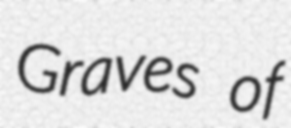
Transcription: Graves of